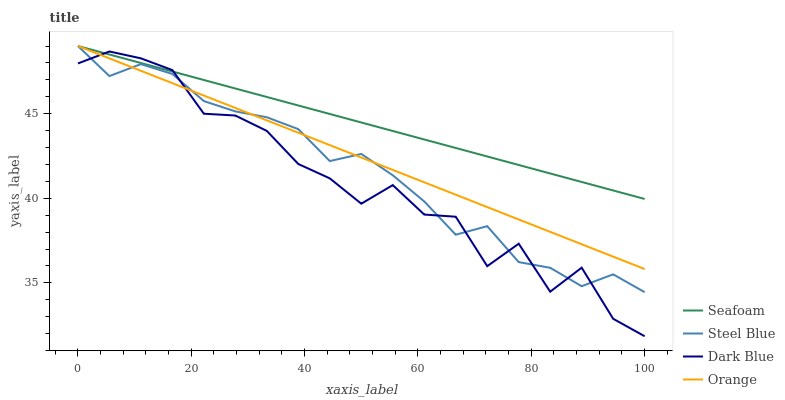
| xaxis_label | Seafoam | Steel Blue | Dark Blue | Orange |
 | --- | --- | --- | --- | --- |
 | 0 | 49 | 49 | 48 | 49 |
 | 5.56 | 48.5 | 47.2 | 48.7 | 48.3 |
 | 11.1 | 48 | 47.9 | 48.3 | 47.5 |
 | 16.7 | 47.5 | 47.3 | 47.6 | 46.8 |
 | 22.2 | 47 | 45.7 | 45 | 46.1 |
 | 27.8 | 46.5 | 45.1 | 44.9 | 45.3 |
 | 33.3 | 46 | 44.8 | 44 | 44.6 |
 | 38.9 | 45.5 | 44.1 | 42 | 43.9 |
 | 44.4 | 45 | 42.2 | 41.2 | 43.1 |
 | 50 | 44.5 | 42.6 | 39.7 | 42.4 |
 | 55.6 | 44 | 41.4 | 40.8 | 41.7 |
 | 61.1 | 43.5 | 39.8 | 39 | 40.9 |
 | 66.7 | 43 | 37.8 | 38.9 | 40.2 |
 | 72.2 | 42.5 | 38.4 | 36 | 39.5 |
 | 77.8 | 42 | 36.2 | 37.3 | 38.7 |
 | 83.3 | 41.5 | 35.9 | 34.5 | 38 |
 | 88.9 | 41 | 34.8 | 35.9 | 37.3 |
 | 94.4 | 40.5 | 35.5 | 32.9 | 36.5 |
 | 100 | 40 | 34.4 | 31.8 | 35.8 |